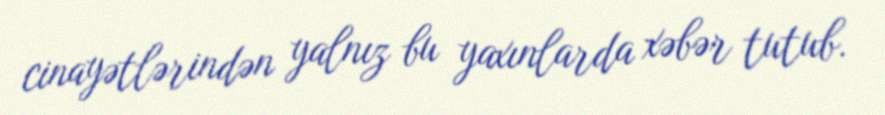
cinayətlərindən yalnız bu yaxınlarda xəbər tutub.